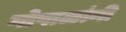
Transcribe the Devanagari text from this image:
गोपाळांनी